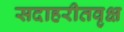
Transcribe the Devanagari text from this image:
सदाहरीतवृक्ष